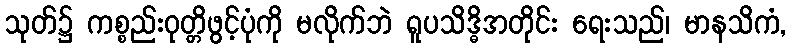
သုတ်၌ ကစ္စည်းဝုတ္တိဖွင့်ပုံကို မလိုက်ဘဲ ရူပသိဒ္ဓိအတိုင်း ရေးသည်၊ မာနသိကံ,